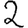
Digit: 2